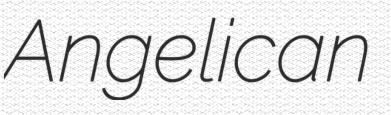
Angelican